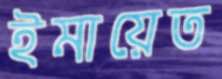
ইমায়েত